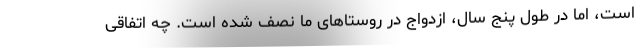
است، اما در طول پنج سال، ازدواج در روستاهای ما نصف شده است. چه اتفاقی